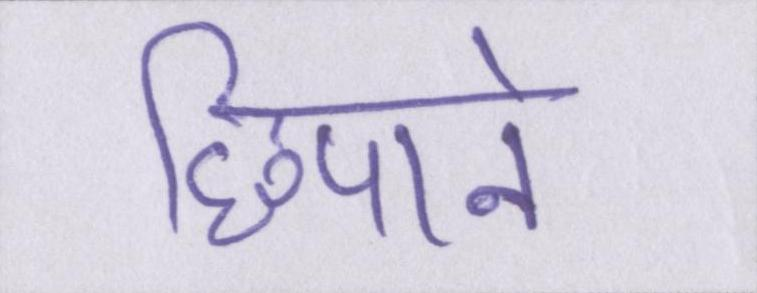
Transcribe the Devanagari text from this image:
छिपाने